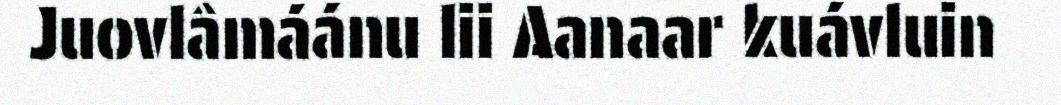
Juovlâmáánu lii Aanaar kuávluin